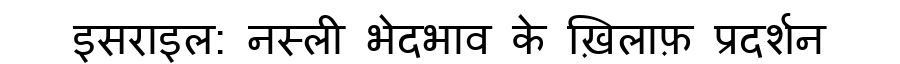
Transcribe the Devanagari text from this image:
इसराइल: नस्ली भेदभाव के ख़िलाफ़ प्रदर्शन